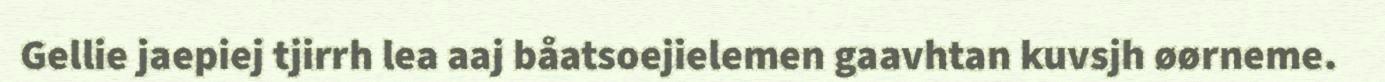
Gellie jaepiej tjirrh lea aaj båatsoejielemen gaavhtan kuvsjh øørneme.